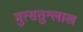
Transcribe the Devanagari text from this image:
मुत्सतुश्लाख